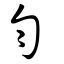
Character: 勻